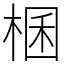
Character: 棞